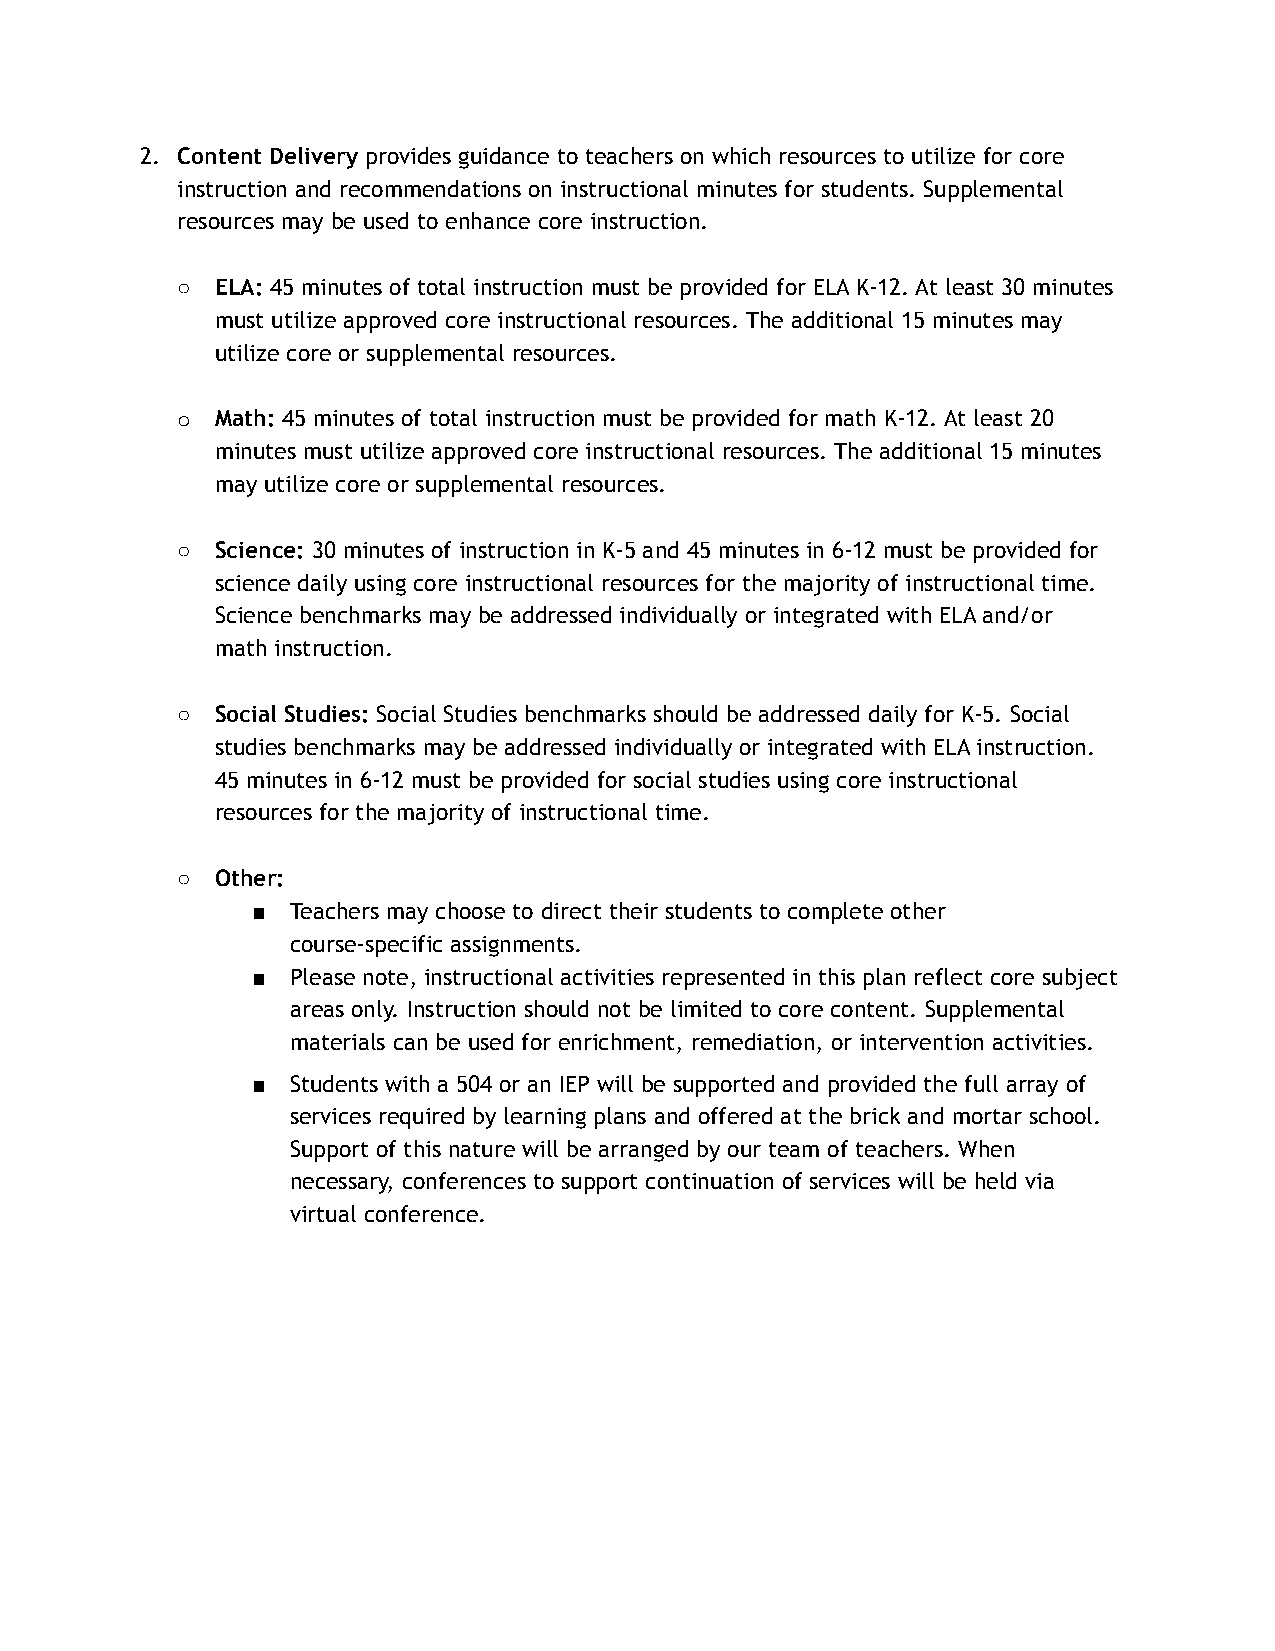
2. Content Delivery provides guidance to teachers on which resources to utilize for core
 instruction and recommendations on instructional minutes for students. Supplemental
 resources may be used to enhance core instruction.
 ○ ELA: 45 minutes of total instruction must be provided for ELA K-12. At least 30 minutes
 must utilize approved core instructional resources. The additional 15 minutes may
 utilize core or supplemental resources.
 o Math: 45 minutes of total instruction must be provided for math K-12. At least 20
 minutes must utilize approved core instructional resources. The additional 15 minutes
 may utilize core or supplemental resources.
 ○ Science: 30 minutes of instruction in K-5 and 45 minutes in 6-12 must be provided for
 science daily using core instructional resources for the majority of instructional time.
 Science benchmarks may be addressed individually or integrated with ELA and/or
 math instruction.
 ○ Social Studies: Social Studies benchmarks should be addressed daily for K-5. Social
 studies benchmarks may be addressed individually or integrated with ELA instruction.
 45 minutes in 6-12 must be provided for social studies using core instructional
 resources for the majority of instructional time.
 ○ Other:
 ■ Teachers may choose to direct their students to complete other
 course-specific assignments.
 ■ Please note, instructional activities represented in this plan reflect core subject
 areas only. Instruction should not be limited to core content. Supplemental
 materials can be used for enrichment, remediation, or intervention activities.
 ■ Students with a 504 or an IEP will be supported and provided the full array of
 services required by learning plans and offered at the brick and mortar school.
 Support of this nature will be arranged by our team of teachers. When
 necessary, conferences to support continuation of services will be held via
 virtual conference.